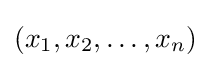
(x_{1},x_{2},\dotsc ,x_{n})